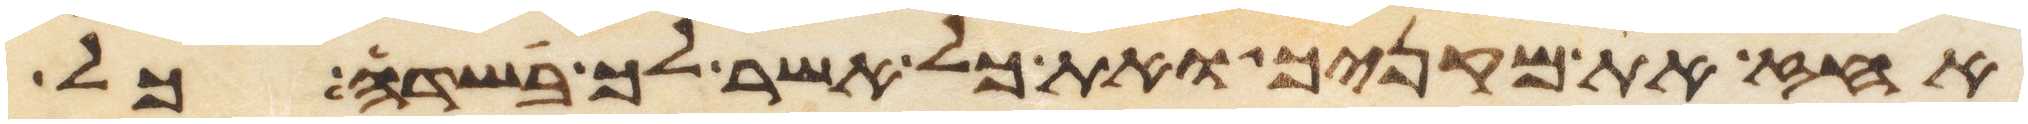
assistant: העז את מקניך ואת כל אשר לך בשדה כל